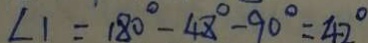
\angle 1 = 1 8 0 ^ { \circ } - 4 8 ^ { \circ } - 9 0 ^ { \circ } = 4 2 ^ { \circ }